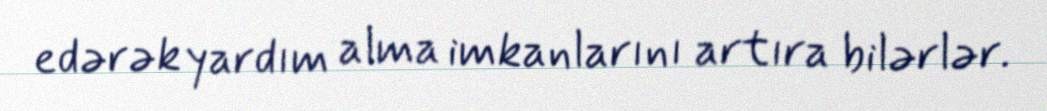
edərək yardım alma imkanlarını artıra bilərlər.